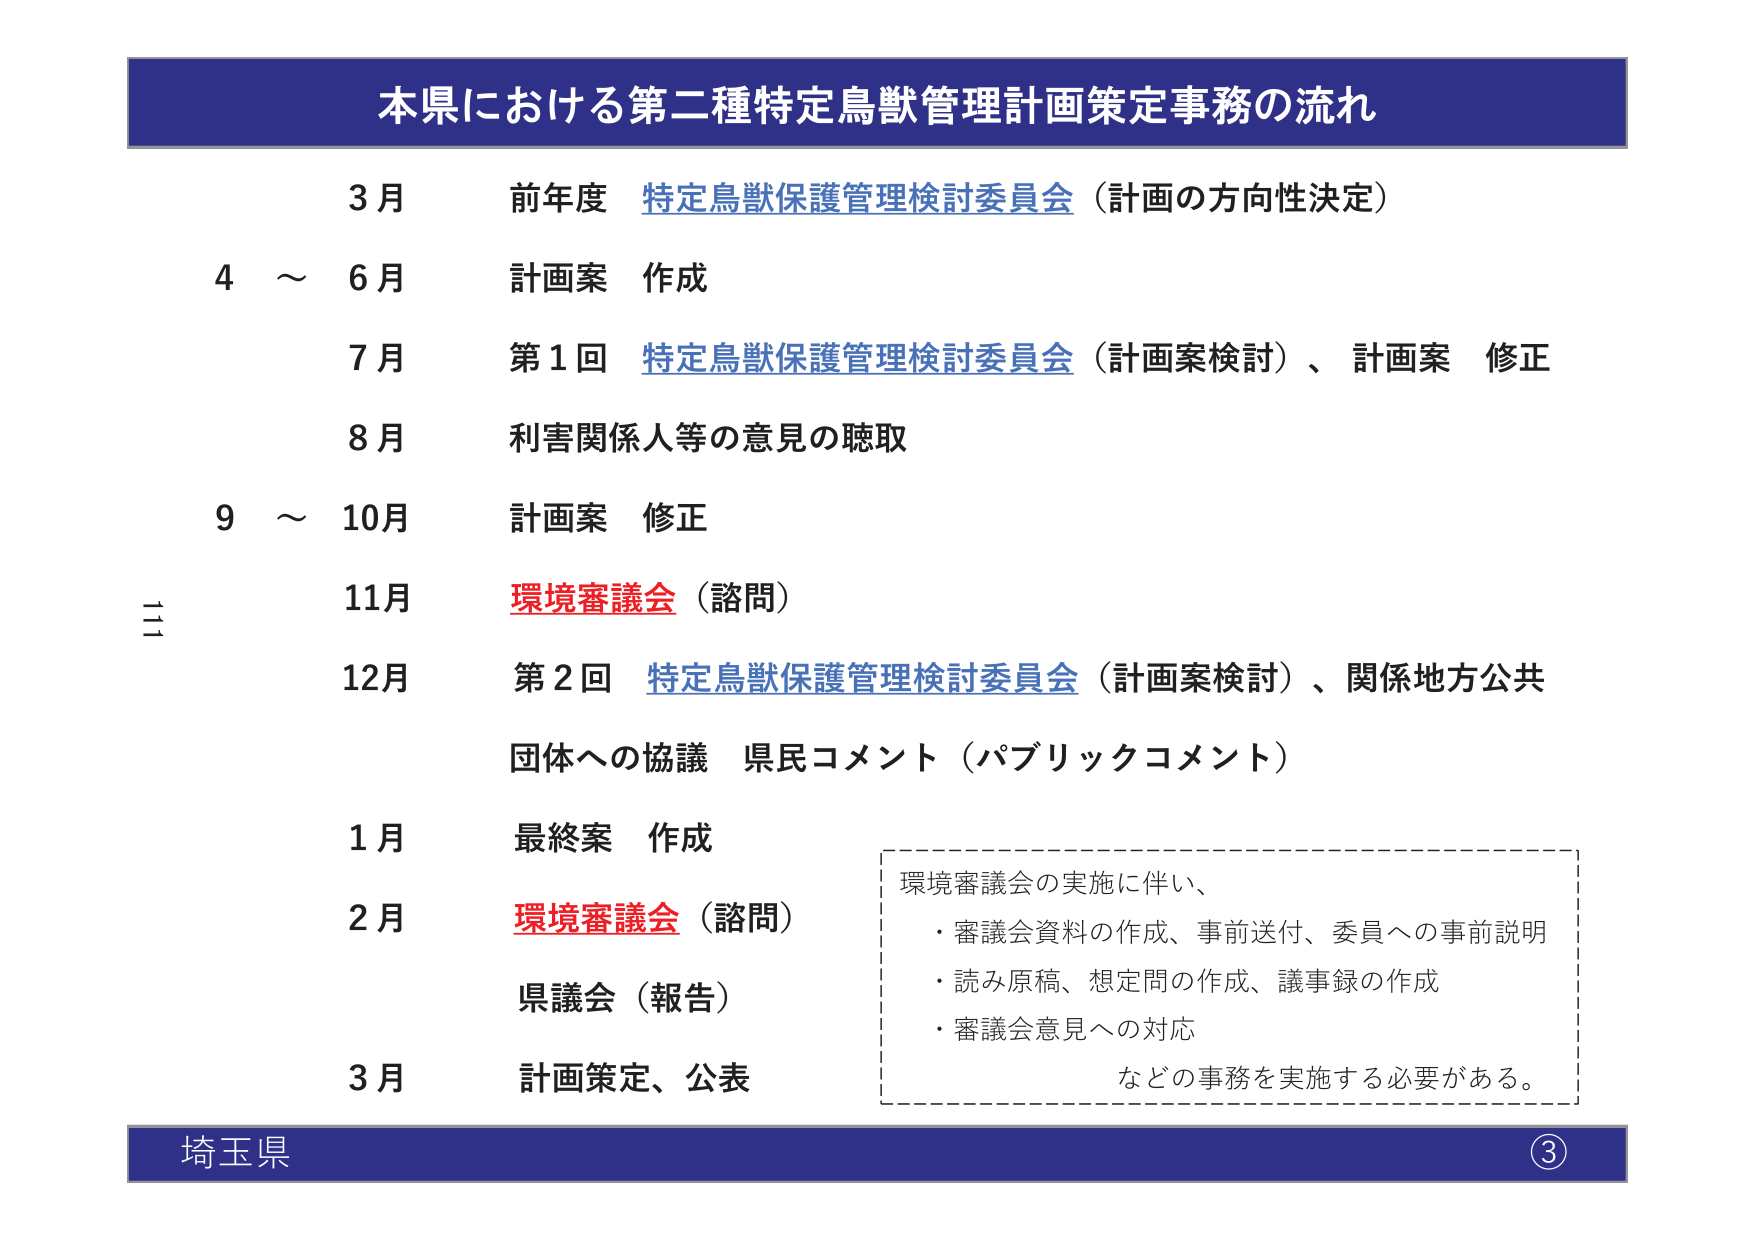
本県における第二種特定鳥獣管理計画策定事務の流れ

3月 前年度 特定鳥獣保護管理検討委員会（計画の方向性決定）
4～6月 計画案 作成
7月 第1回 特定鳥獣保護管理検討委員会（計画案検討）、計画案 修正
8月 利害関係人等の意見の聴取
9～10月 計画案 修正
11月 環境審議会（諮問）
12月 第2回 特定鳥獣保護管理検討委員会（計画案検討）、関係地方公共団体への協議 県民コメント（パブリックコメント）
1月 最終案 作成
2月 環境審議会（諮問）
県議会（報告）
3月 計画策定、公表

環境審議会の実施に伴い、
・審議会資料の作成、事前送付、委員への事前説明
・読み原稿、想定問の作成、議事録の作成
・審議会意見への対応
などの事務を実施する必要がある。

埼玉県 ③